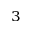
^ 3